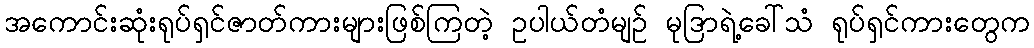
အကောင်းဆုံးရုပ်ရှင်ဇာတ်ကားများဖြစ်ကြတဲ့ ဥပါယ်တံမျဉ် မုဒြာရဲ့ခေါ်သံ ရုပ်ရှင်ကားတွေက